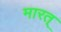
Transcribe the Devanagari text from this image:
मारत्